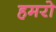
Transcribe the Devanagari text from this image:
हमरो